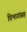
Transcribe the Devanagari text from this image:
विभागांसह